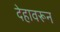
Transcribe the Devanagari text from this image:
देहावरून